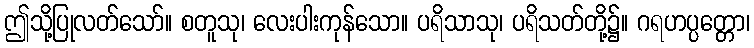
ဤသို့ပြုလတ်သော်။ စတူသု၊ လေးပါးကုန်သော။ ပရိသာသု၊ ပရိသတ်တို့၌။ ဂရဟပ္ပတ္တော၊